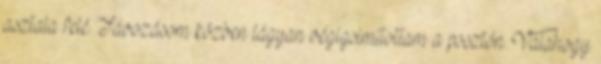
asztala felé. Távozásom közben lágyan végigsimítottam a posztón. Valahogy